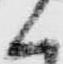
く